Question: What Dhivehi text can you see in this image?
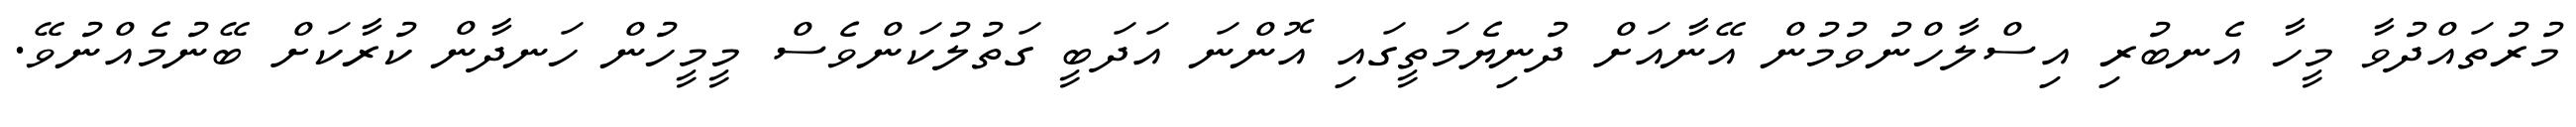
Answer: މުރުތައްދުވާ މީހާ އެނބުރި އިސްލާހްނުވުމުން އޭނާއަށް ދުނިޔެމަތީގައި އޮންނަ އަދަބީ ގަތުލުކަންވެސް މީމީހުން ހަނދާން ކުރާކަށް ބޭނުމެއްނުވޭ.